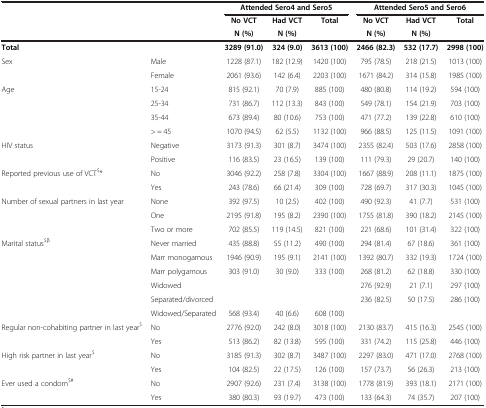
<table><thead><tr><td><b> </b></td><td><b> </b></td><td colspan="3"><b>Attended Sero4 and Sero5</b></td><td colspan="3"><b>Attended Sero5 and Sero6</b></td></tr><tr><td><b> </b></td><td><b> </b></td><td><b>No VCT</b></td><td><b>Had VCT</b></td><td><b>Total</b></td><td><b>No VCT</b></td><td><b>Had VCT</b></td><td><b>Total</b></td></tr><tr><td><b> </b></td><td><b> </b></td><td><b>N (%)</b></td><td><b>N (%)</b></td><td><b> </b></td><td><b>N (%)</b></td><td><b>N (%)</b></td><td><b> </b></td></tr></thead><tbody><tr><td><b>Total</b></td><td> </td><td><b>3289 (91.0)</b></td><td><b>324 (9.0)</b></td><td><b>3613 (100)</b></td><td><b>2466 (82.3)</b></td><td><b>532 (17.7)</b></td><td><b>2998 (100)</b></td></tr><tr><td>Sex</td><td>Male</td><td>1228 (87.1)</td><td>182 (12.9)</td><td>1420 (100)</td><td>795 (78.5)</td><td>218 (21.5)</td><td>1013 (100)</td></tr><tr><td> </td><td>Female</td><td>2061 (93.6)</td><td>142 (6.4)</td><td>2203 (100)</td><td>1671 (84.2)</td><td>314 (15.8)</td><td>1985 (100)</td></tr><tr><td>Age</td><td>15-24</td><td>815 (92.1)</td><td>70 (7.9)</td><td>885 (100)</td><td>480 (80.8)</td><td>114 (19.2)</td><td>594 (100)</td></tr><tr><td> </td><td>25-34</td><td>731 (86.7)</td><td>112 (13.3)</td><td>843 (100)</td><td>549 (78.1)</td><td>154 (21.9)</td><td>703 (100)</td></tr><tr><td> </td><td>35-44</td><td>673 (89.4)</td><td>80 (10.6)</td><td>753 (100)</td><td>471 (77.2)</td><td>139 (22.8)</td><td>610 (100)</td></tr><tr><td> </td><td>&gt; = 45</td><td>1070 (94.5)</td><td>62 (5.5)</td><td>1132 (100)</td><td>966 (88.5)</td><td>125 (11.5)</td><td>1091 (100)</td></tr><tr><td>HIV status</td><td>Negative</td><td>3173 (91.3)</td><td>301 (8.7)</td><td>3474 (100)</td><td>2355 (82.4)</td><td>503 (17.6)</td><td>2858 (100)</td></tr><tr><td> </td><td>Positive</td><td>116 (83.5)</td><td>23 (16.5)</td><td>139 (100)</td><td>111 (79.3)</td><td>29 (20.7)</td><td>140 (100)</td></tr><tr><td>Reported previous use of VCT<sup>$</sup>*</td><td>No</td><td>3046 (92.2)</td><td>258 (7.8)</td><td>3304 (100)</td><td>1667 (88.9)</td><td>208 (11.1)</td><td>1875 (100)</td></tr><tr><td> </td><td>Yes</td><td>243 (78.6)</td><td>66 (21.4)</td><td>309 (100)</td><td>728 (69.7)</td><td>317 (30.3)</td><td>1045 (100)</td></tr><tr><td>Number of sexual partners in last year</td><td>None</td><td>392 (97.5)</td><td>10 (2.5)</td><td>402 (100)</td><td>490 (92.3)</td><td>41 (7.7)</td><td>531 (100)</td></tr><tr><td> </td><td>One</td><td>2195 (91.8)</td><td>195 (8.2)</td><td>2390 (100)</td><td>1755 (81.8)</td><td>390 (18.2)</td><td>2145 (100)</td></tr><tr><td> </td><td>Two or more</td><td>702 (85.5)</td><td>119 (14.5)</td><td>821 (100)</td><td>221 (68.6)</td><td>101 (31.4)</td><td>322 (100)</td></tr><tr><td>Marital status<sup>$β</sup></td><td>Never married</td><td>435 (88.8)</td><td>55 (11.2)</td><td>490 (100)</td><td>294 (81.4)</td><td>67 (18.6)</td><td>361 (100)</td></tr><tr><td> </td><td>Marr monogamous</td><td>1946 (90.9)</td><td>195 (9.1)</td><td>2141 (100)</td><td>1392 (80.7)</td><td>332 (19.3)</td><td>1724 (100)</td></tr><tr><td> </td><td>Marr polygamous</td><td>303 (91.0)</td><td>30 (9.0)</td><td>333 (100)</td><td>268 (81.2)</td><td>62 (18.8)</td><td>330 (100)</td></tr><tr><td> </td><td>Widowed</td><td> </td><td> </td><td> </td><td>276 (92.9)</td><td>21 (7.1)</td><td>297 (100)</td></tr><tr><td> </td><td>Separated/divorced</td><td> </td><td> </td><td> </td><td>236 (82.5)</td><td>50 (17.5)</td><td>286 (100)</td></tr><tr><td> </td><td>Widowed/Separated</td><td>568 (93.4)</td><td>40 (6.6)</td><td>608 (100)</td><td> </td><td> </td><td> </td></tr><tr><td>Regular non-cohabiting partner in last year<sup>$</sup></td><td>No</td><td>2776 (92.0)</td><td>242 (8.0)</td><td>3018 (100)</td><td>2130 (83.7)</td><td>415 (16.3)</td><td>2545 (100)</td></tr><tr><td> </td><td>Yes</td><td>513 (86.2)</td><td>82 (13.8)</td><td>595 (100)</td><td>331 (74.2)</td><td>115 (25.8)</td><td>446 (100)</td></tr><tr><td>High risk partner in last year<sup>$</sup></td><td>No</td><td>3185 (91.3)</td><td>302 (8.7)</td><td>3487 (100)</td><td>2297 (83.0)</td><td>471 (17.0)</td><td>2768 (100)</td></tr><tr><td> </td><td>Yes</td><td>104 (82.5)</td><td>22 (17.5)</td><td>126 (100)</td><td>157 (73.7)</td><td>56 (26.3)</td><td>213 (100)</td></tr><tr><td>Ever used a condom<sup>$#</sup></td><td>No</td><td>2907 (92.6)</td><td>231 (7.4)</td><td>3138 (100)</td><td>1778 (81.9)</td><td>393 (18.1)</td><td>2171 (100)</td></tr><tr><td> </td><td>Yes</td><td>380 (80.3)</td><td>93 (19.7)</td><td>473 (100)</td><td>133 (64.3)</td><td>74 (35.7)</td><td>207 (100)</td></tr></tbody></table>